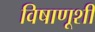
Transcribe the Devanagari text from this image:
विषाणूशी